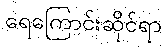
ရေကြောင်းဆိုင်ရာ